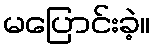
မပြောင်းခဲ့။